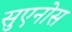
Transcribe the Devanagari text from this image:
सुएनोस